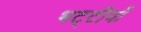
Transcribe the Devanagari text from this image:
भट्टीयाँ